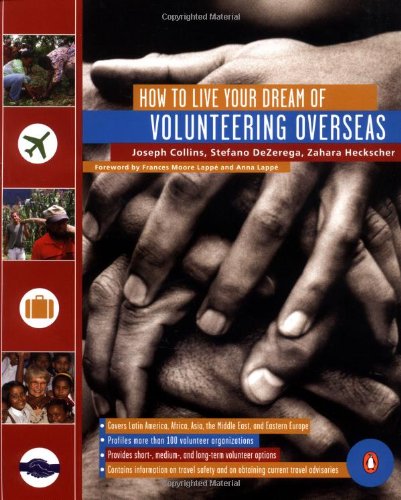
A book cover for How to Live Your Dream of Volunteering Overseas; Joseph Collins; Business & Money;